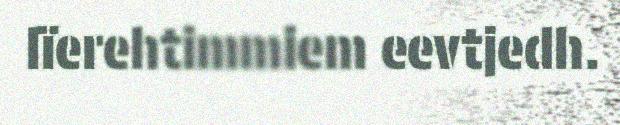
lïerehtimmiem eevtjedh.